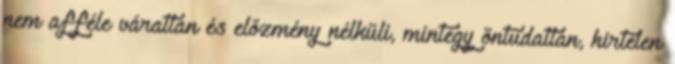
nem afféle váratlan és előzmény nélküli, mintegy öntudatlan, hirtelen